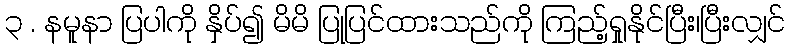
၃ . နမူနာ ပြပါကို နှိပ်၍ မိမိ ပြုပြင်ထားသည်ကို ကြည့်ရှုနိုင်ပြီး၊ပြီးလျှင်